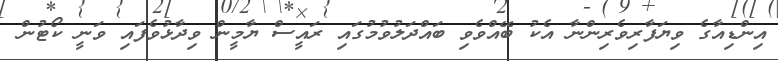
އިންޑިއާގެ ވިޔަފާރިވެރިންނާ އެކު ބޭއްްވެވި ބައްދަލުވުމުގައި ރައީސް ޔާމީން ވިދާޅުވެފައި ވަނީ ކޯޓުން